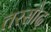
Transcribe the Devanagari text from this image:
तरसोद